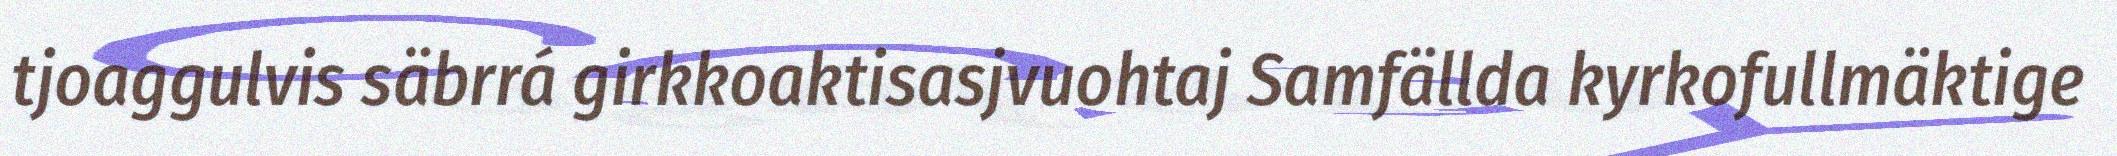
tjoaggulvis säbrrá girkkoaktisasjvuohtaj Samfällda kyrkofullmäktige